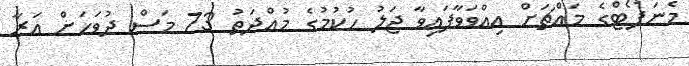
މެނަފޯޓްގެ މައްޗަށް އިއްވަވާފައިވާ ޖަލު ހުކުމުގެ މުއްދަތު 73 މަސް ދުވަހަށް އަރާ